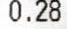
0.28